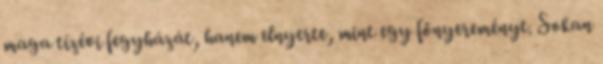
maga tízévi fegyházát, hanem elnyerte, mint egy főnyereményt. Sokan